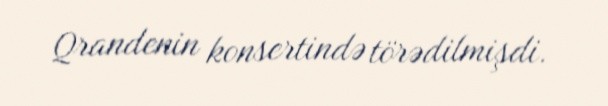
Qrandenin konsertində törədilmişdi.